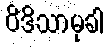
ဝိဒိသာမုခါ